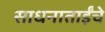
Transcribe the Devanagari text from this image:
साधनाताईंचे